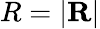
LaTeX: R=\left|\mathbf{R}\right|